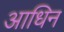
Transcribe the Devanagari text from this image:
आधिन